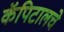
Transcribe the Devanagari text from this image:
कॅपिटालचे